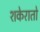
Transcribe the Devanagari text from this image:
शकेरातो